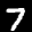
Digit: 7